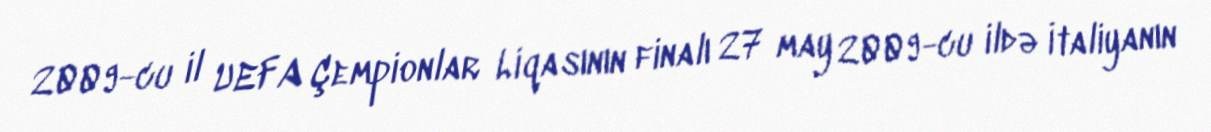
2009-cu il UEFA Çempionlar Liqasının finalı 27 may 2009-cu ildə İtaliyanın